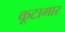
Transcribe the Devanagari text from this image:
कूटागार